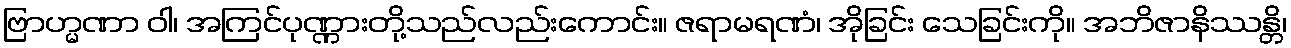
ဗြာဟ္မဏာ ဝါ၊ အကြင်ပုဏ္ဏားတို့သည်လည်းကောင်း။ ဇရာမရဏံ၊ အိုခြင်း သေခြင်းကို။ အဘိဇာနိဿန္တိ၊